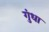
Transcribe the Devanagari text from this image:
गुंधा